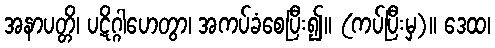
အနာပတ္တိ၊ ပဋိဂ္ဂါဟေတွာ၊ အကပ်ခံစေပြီး၍။ (ကပ်ပြီးမှ)။ ဒေထ၊